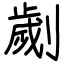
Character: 劌